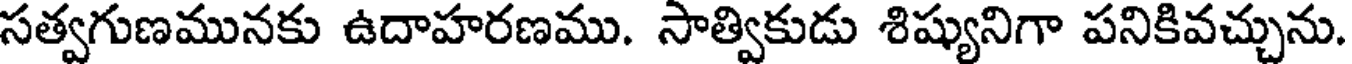
సత్వగుణమునకు ఉదాహరణము. సాత్వికుడు శిష్యునిగా పనికివచ్చును.